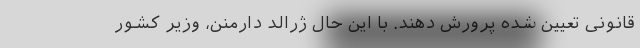
قانونی تعیین شده پرورش دهند. با این حال ژرالد دارمَنَن، وزیر کشور